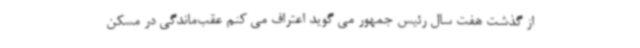
از گذشت هفت سال رئیس جمهور می گوید اعتراف می کنم عقب‌ماندگی در مسکن